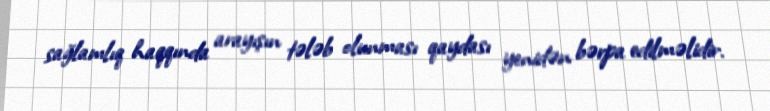
sağlamlıq haqqında arayışın tələb olunması qaydası yenidən bərpa edilməlidir.